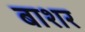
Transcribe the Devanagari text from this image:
बाशर